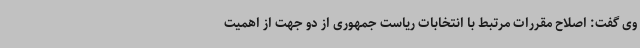
وی گفت: اصلاح مقررات مرتبط با انتخابات ریاست جمهوری از دو جهت از اهمیت